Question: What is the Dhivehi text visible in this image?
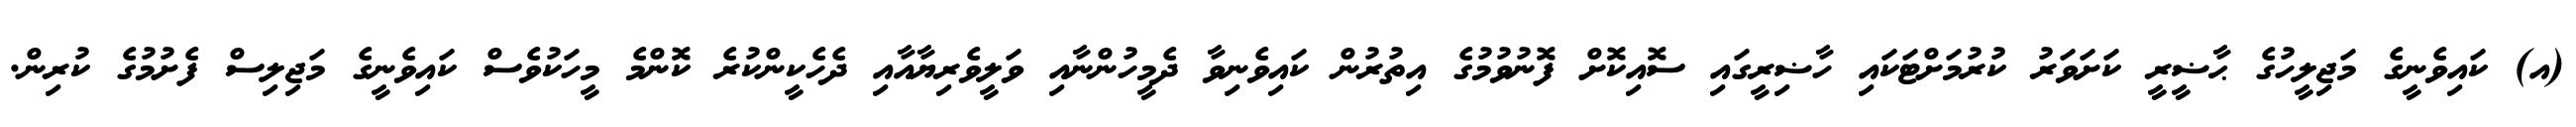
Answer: (އ) ކައިވެނީގެ މަޖިލީހުގެ ޙާޟީރީ ކަށަވަރު ކުރުމަށްޓަކައި ހާޟިރީގައި ސޮއިކޮށް ފޮނުވުމުގެ އިތުރުން ކައިވެނިވާ ދެމީހުންނާއި ވަލީވެރިޔާއާއި ދެހެކީންކުރެ ކޮންމެ މީހަކުވެސް ކައިވެނީގެ މަޖިލިސް ފެށުމުގެ ކުރިން.